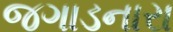
જગાડનારા